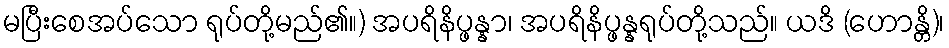
မပြီးစေအပ်သော ရုပ်တို့မည်၏။) အပရိနိပ္ဖန္နာ၊ အပရိနိပ္ဖန္နရုပ်တို့သည်။ ယဒိ (ဟောန္တိ)၊